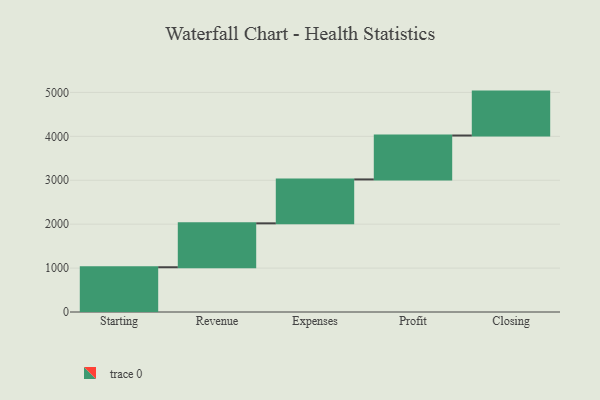
{"axis": {"x": "Step", "y": "Value"}, "legend": [""], "data": [{"x": "Starting", "y": 1019.0, "type": ""}, {"x": "Revenue", "y": 1000, "type": ""}, {"x": "Expenses", "y": 1000, "type": ""}, {"x": "Profit", "y": 1000, "type": ""}, {"x": "Closing", "y": 1000, "type": ""}]}